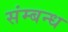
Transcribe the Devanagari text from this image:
संम्बन्ध